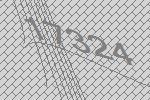
17324